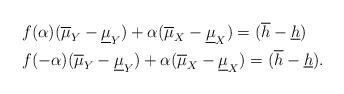
LaTeX: \begin{align*}&f(\alpha)(\overline{\mu}_Y-\underline{\mu}_Y)+\alpha(\overline{\mu}_X-\underline{\mu}_X)=(\overline{h}-\underline{h})\\&f(-\alpha)(\overline{\mu}_Y-\underline{\mu}_Y)+\alpha(\overline{\mu}_X-\underline{\mu}_X)=(\overline{h}-\underline{h}).\end{align*}